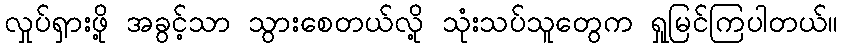
လှုပ်ရှားဖို့ အခွင့်သာ သွားစေတယ်လို့ သုံးသပ်သူတွေက ရှုမြင်ကြပါတယ်။